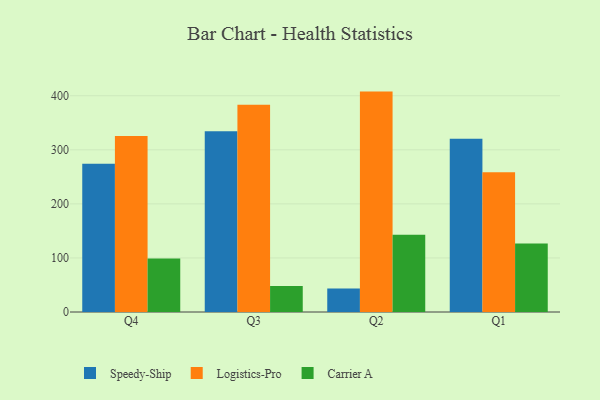
{"axis": {"x": "Quarter", "y": "Net Income (USD K)"}, "legend": ["Carrier A", "Logistics-Pro", "Speedy-Ship"], "data": [{"x": "Q4", "y": 274.2, "type": "Speedy-Ship"}, {"x": "Q4", "y": 325.7, "type": "Logistics-Pro"}, {"x": "Q4", "y": 98.8, "type": "Carrier A"}, {"x": "Q3", "y": 334.4, "type": "Speedy-Ship"}, {"x": "Q3", "y": 383.4, "type": "Logistics-Pro"}, {"x": "Q3", "y": 48.3, "type": "Carrier A"}, {"x": "Q2", "y": 43.3, "type": "Speedy-Ship"}, {"x": "Q2", "y": 407.7, "type": "Logistics-Pro"}, {"x": "Q2", "y": 143.0, "type": "Carrier A"}, {"x": "Q1", "y": 320.3, "type": "Speedy-Ship"}, {"x": "Q1", "y": 258.4, "type": "Logistics-Pro"}, {"x": "Q1", "y": 126.5, "type": "Carrier A"}]}